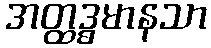
အတ္ထဒ္ဓမာနသာ